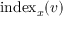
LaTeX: \operatorname { i n d e x } _ { x } ( v )